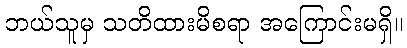
ဘယ်သူမှ သတိထားမိစရာ အကြောင်းမရှိ။